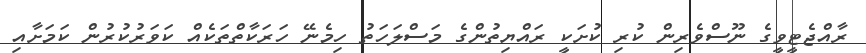
ރާއްޖެޓީވީގެ ނޫސްވެރިން ކުރި ކުށަކީ ރައްޔިތުންގެ މަސްލަހަތު ހިމެނޭ ހަރަކާތްތަކެއް ކަވަރުކުރުން ކަމަށާއި